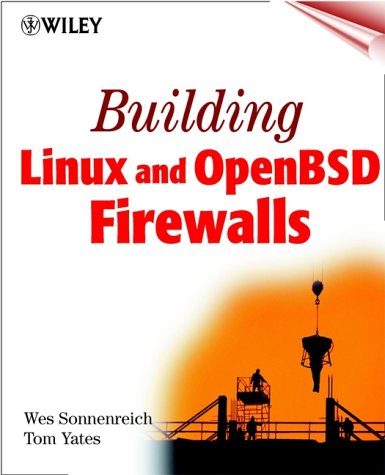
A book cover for Building Linux and OpenBSD Firewalls; Wes Sonnenreich; Computers & Technology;